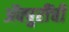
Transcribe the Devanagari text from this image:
ॲक्चुरींची